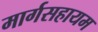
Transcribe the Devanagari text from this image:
मार्गसहायम